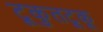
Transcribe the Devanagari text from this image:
टूकुतटूकू